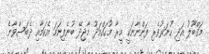
މަޤްބޫލު އަދި ހުނަރުވެރި ފަންނާނަކީ މީރާ މުހައްމަދު މާޖިދޭ ބުނެފިނަމަ އެކަމާއި ދެބަސްވާނެ